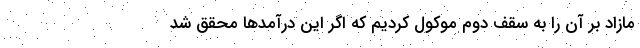
مازاد بر آن را به سقف دوم موکول کردیم که اگر این درآمد‌ها محقق شد